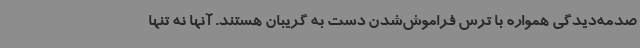
صدمه‌دیدگی همواره با ترس فراموش‌شدن دست به گریبان هستند. آنها نه تنها